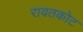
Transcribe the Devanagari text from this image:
रावतकोट